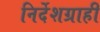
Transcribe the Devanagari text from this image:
निर्देशग्राही